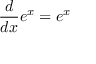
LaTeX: { \frac { d } { d x } } e ^ { x } = e ^ { x }